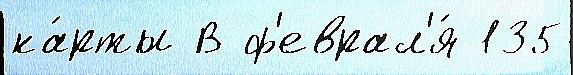
ка́рты В ф'еврал'я́ 135